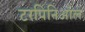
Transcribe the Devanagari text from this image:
टरपिनिऑल